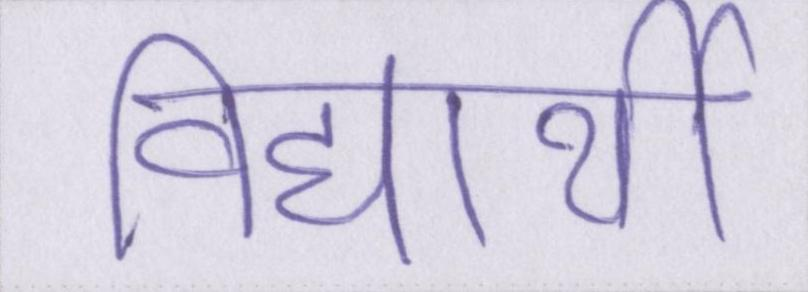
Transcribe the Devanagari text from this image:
विद्यार्थी